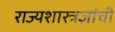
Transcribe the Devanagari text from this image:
राज्यशास्त्रज्ञांची